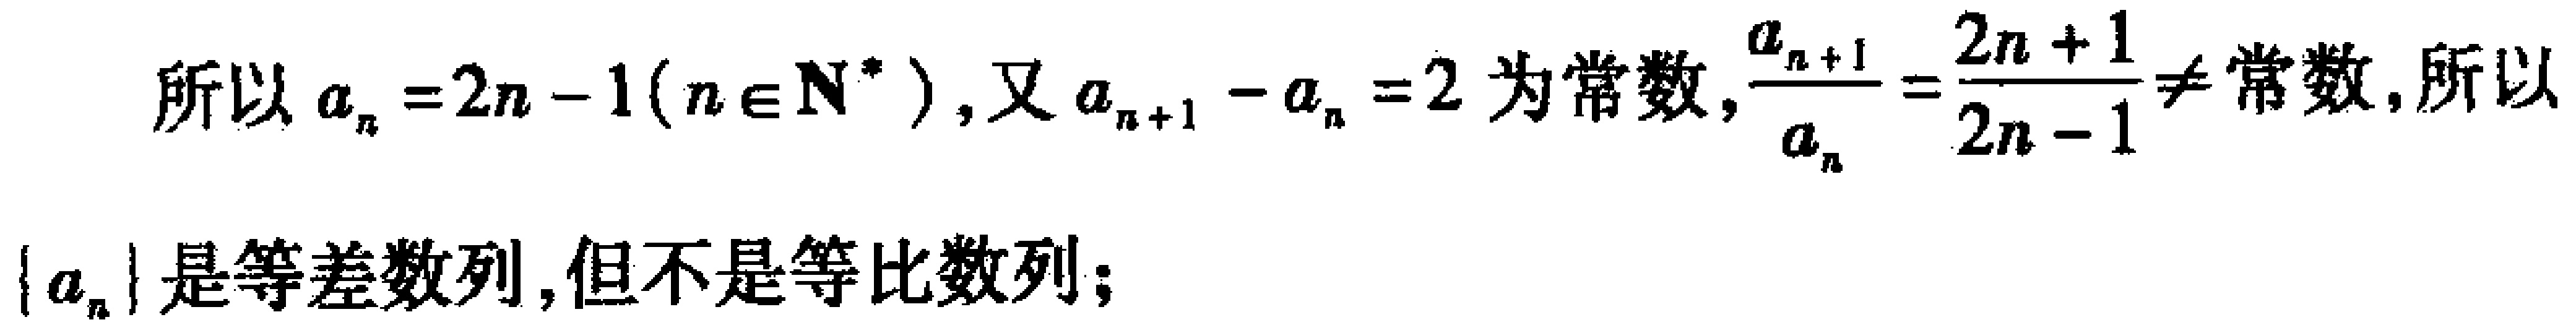
所以\(a_{n}=2n - 1(n\in\mathbf{N}^{*})\)，又\(a_{n + 1}-a_{n}=2\)为常数，\(\frac{a_{n + 1}}{a_{n}}=\frac{2n + 1}{2n - 1}\neq\)常数，所以\(\{ a_{n}\}\)是等差数列，但不是等比数列；